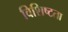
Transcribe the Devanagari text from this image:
विशिष्‍टता